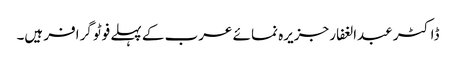
ڈاکٹر عبدالغفار جزیرہ نما ئے عرب کے پہلے فوٹو گرافر ہیں۔